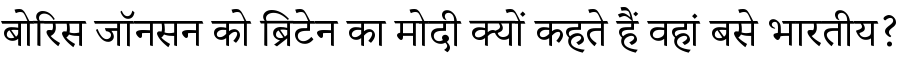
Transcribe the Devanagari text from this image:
बोरिस जॉनसन को ब्रिटेन का मोदी क्यों कहते हैं वहां बसे भारतीय?